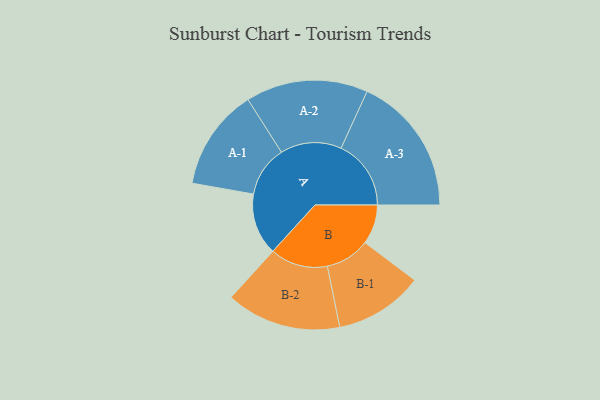
{"axis": {"x": "Segment", "y": "Value"}, "legend": ["", "A", "B"], "data": [{"x": "A", "y": 264, "type": ""}, {"x": "B", "y": 169, "type": ""}, {"x": "A-1", "y": 217, "type": "A"}, {"x": "A-2", "y": 261, "type": "A"}, {"x": "A-3", "y": 299, "type": "A"}, {"x": "B-1", "y": 190, "type": "B"}, {"x": "B-2", "y": 246, "type": "B"}]}